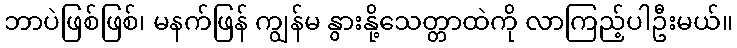
ဘာပဲဖြစ်ဖြစ်၊ မနက်ဖြန် ကျွန်မ နွားနို့သေတ္တာထဲကို လာကြည့်ပါဦးမယ်။